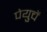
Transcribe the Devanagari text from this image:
पेयुचें